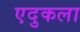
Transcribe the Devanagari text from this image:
एदुकला